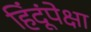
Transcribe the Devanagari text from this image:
हिंदूंपेक्षा